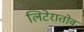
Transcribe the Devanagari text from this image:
लिटेरातोव